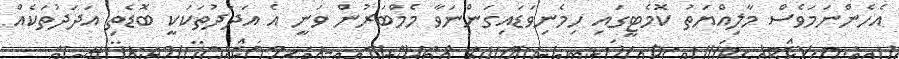
އެހެންނަމަވެސް މާލިއްޔަތު ކޮމެޓީގައި ހިމެނިވަޑައިގަންނަވާ މެމްބަރުން ވަނީ އެ އަދަދުތަކަކީ ބޮޑެތި އަދަދުތަކެއް